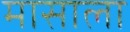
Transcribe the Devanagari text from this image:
मासाला